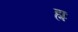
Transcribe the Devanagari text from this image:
ह्यः